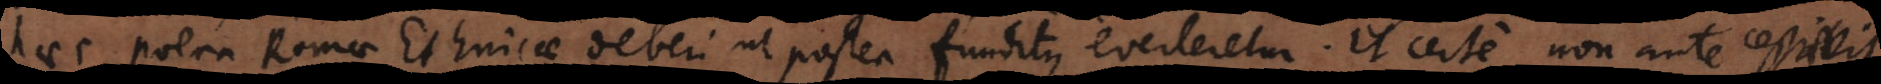
haec poena Romae Ethnicae deberi, ut postea funditus everteretur. Et certe non ante cessavit